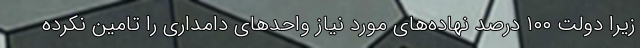
زیرا دولت ۱۰۰ درصد نهاده‌های مورد نیاز واحدهای دامداری را تامین نکرده